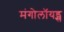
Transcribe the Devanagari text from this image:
मंगोलॉयड्स